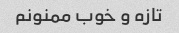
تازه و خوب ممنونم